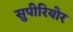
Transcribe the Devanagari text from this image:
सुपीरियोर